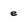
Character: e